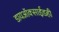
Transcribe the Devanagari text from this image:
डायऑक्साईडही